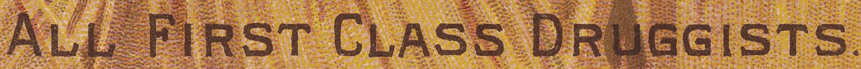
ALL FIRST CLASS DRUGGISTS.